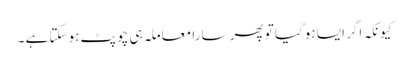
کیونکہ اگر ایسا ہوگیا تو پھر سارا معاملہ ہی چوپٹ ہوسکتا ہے ۔